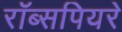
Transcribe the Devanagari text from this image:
रॉब्सपियरे